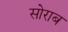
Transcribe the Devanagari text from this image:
सोराब